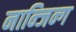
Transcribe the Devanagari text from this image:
नान्जिन्ग